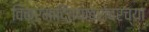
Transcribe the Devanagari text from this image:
विक्रमादित्याबरोबरच्या